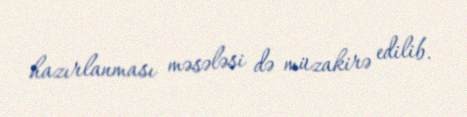
hazırlanması məsələsi də müzakirə edilib.